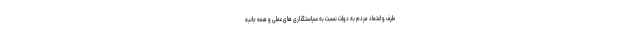
طرف و اعتماد مردم به دولت نسبت به سیاستگذاری های عملی و همه جانبه